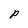
Character: P